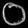
Digit: ၀